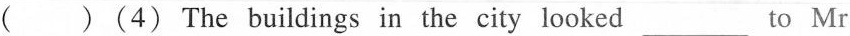
( )(4) The buildings in the city looked___to Mr